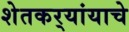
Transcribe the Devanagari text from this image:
शेतकर्‍यांयाचे